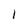
Character: I